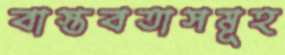
বাস্তবতাসমূহ